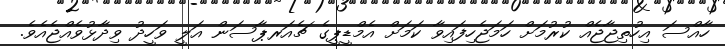
ހާއްސަ އިހުތިޖާޖެއް ކުރުމަށް ހަމަޖެހިފައިވާ ކަމަށް އެމްޑީޕީގެ ޗެއަރޕާސަން އަލީ ވަހީދު ވިދާޅުވެއްޖެއެވެ.